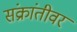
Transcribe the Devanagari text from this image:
संक्रांतीवर